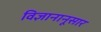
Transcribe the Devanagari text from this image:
विज्ञानानूसार